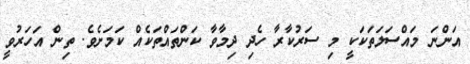
އަންނަ މައްސަލަތަކަކީ މި ސަރުކާރާ ހެދި ދިމާވާ ކަންތައްތަކެއް ކަމަށެވެ. ތިން އަހަރުވީ